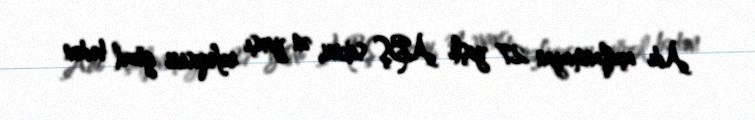
Adı açıqlanmayan 27 yaşlı ABŞ sakini, ən yaxşı rəfiqəsini gözəl bədən